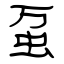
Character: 虿